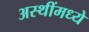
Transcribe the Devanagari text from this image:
अस्थींमध्ये